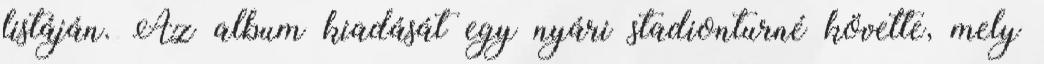
listáján. Az album kiadását egy nyári stadionturné követte, mely